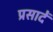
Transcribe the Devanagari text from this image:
प्रसादें